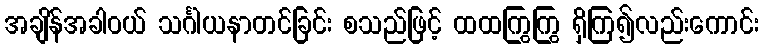
အချိန်အခါဝယ် သင်္ဂါယနာတင်ခြင်း စသည်ဖြင့် ထထကြွကြွ ရှိကြ၍လည်းကောင်း